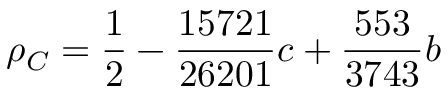
\rho _ { C } = \frac { 1 } { 2 } - \frac { 1 5 7 2 1 } { 2 6 2 0 1 } c + \frac { 5 5 3 } { 3 7 4 3 } b